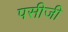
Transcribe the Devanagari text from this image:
पसीजी